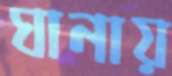
ঘানায়